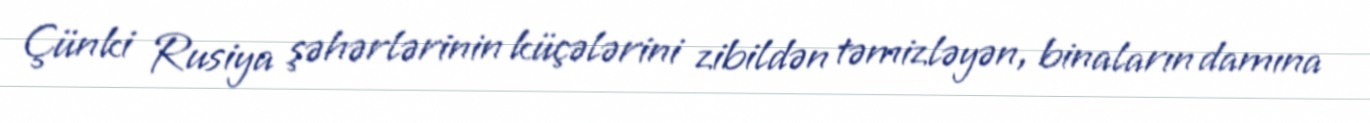
Çünki Rusiya şəhərlərinin küçələrini zibildən təmizləyən, binaların damına